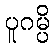
ပူဂမ္ပိ